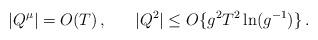
LaTeX: \begin{align*}|Q^\mu| = O (T) \, , \;\;\;\;\;\; |Q^2| \leq O \{ g^2 T^2 \ln (g^{- 1}) \} \, . \end{align*}